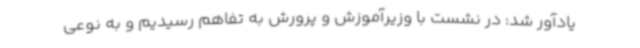
یادآور شد: در نشست با وزیرآموزش و پرورش به تفاهم رسیدیم و به نوعی